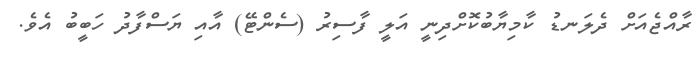
ރާއްޖެއަށް ދެލަނޑު ކާމިޔާބުކޮށްދިނީ އަލީ ފާސިރު (ސެންޓޭ) އާއި ޔަސްފާދު ހަބީބު އެވެ.